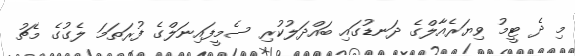
މި ދެ ޓީމު ވިޔަރެއާލްގެ ދަނޑުގައި ބައްދަލުކުރި ސެމީފައިނަލްގެ ފުރަތަމަ ލެގުގެ މެޗު